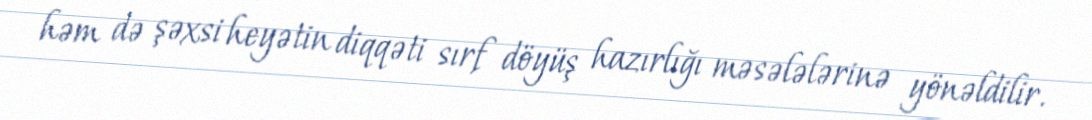
həm də şəxsi heyətin diqqəti sırf döyüş hazırlığı məsələlərinə yönəldilir.